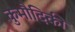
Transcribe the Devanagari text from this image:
कुमौदिकी